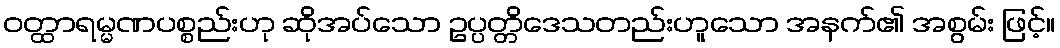
ဝတ္ထာရမ္မဏပစ္စည်းဟု ဆိုအပ်သော ဥပ္ပတ္တိဒေသတည်းဟူသော အနက်၏ အစွမ်း ဖြင့်။